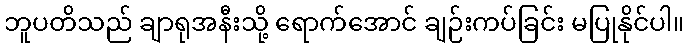
ဘူပတိသည် ချာရုအနီးသို့ ရောက်အောင် ချဉ်းကပ်ခြင်း မပြုနိုင်ပါ။